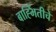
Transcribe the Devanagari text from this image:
बाह्भिंतीचे